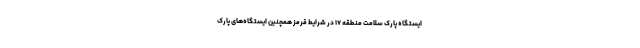
ایستگاه پارک سلامت منطقه ۱۷ در شرایط قرمز همچنین ایستگاه‌های پارک